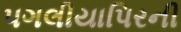
પગલીયાપિરની